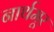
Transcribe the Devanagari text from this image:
नार्थमूर